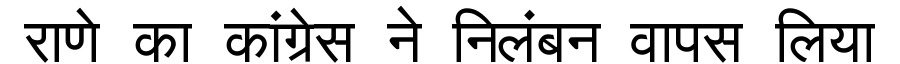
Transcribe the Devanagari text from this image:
राणे का कांग्रेस ने निलंबन वापस लिया